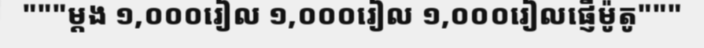
"""ម្តង ១,០០០រៀល ១,០០០រៀល ១,០០០រៀលផ្ញើម៉ូតូ"""